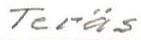
Teräs